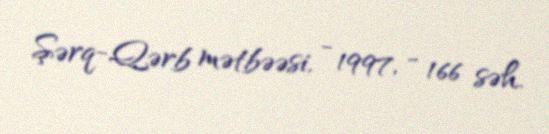
Şərq-Qərb mətbəəsi, - 1997, - 166 səh.